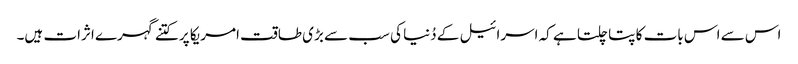
اس سے اس بات کا پتا چلتا ہے کہ اسرائیل کے دُنیا کی سب سے بڑی طاقت امریکا پر کتنے گہرے اثرات ہیں۔